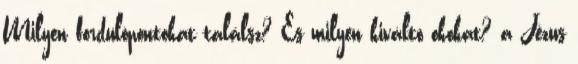
Milyen fordulópontokat találsz? És milyen kiváltó okokat? a Jézus